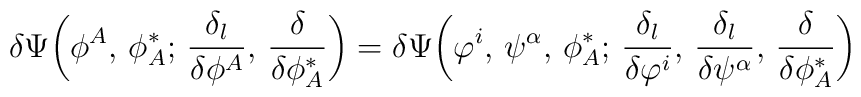
\delta\Psi\bigg(\phi^A,\,\phi^*_A;\, \frac{\delta_l}{\delta\phi^A},\,\frac{\delta}{\delta\phi^*_A}\bigg)= \delta\Psi\bigg(\varphi^i,\,\psi^\alpha,\,\phi^*_A;\, \frac{\delta_l}{\delta\varphi^i},\,\frac{\delta_l}{\delta\psi^\alpha},\, \frac{\delta}{\delta\phi^*_A}\bigg)